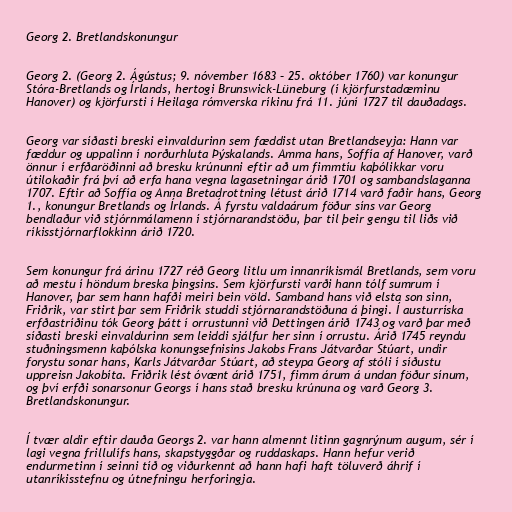
Georg 2. Bretlandskonungur

Georg 2. (Georg 2. Ágústus; 9. nóvember 1683 – 25. október 1760) var konungur
Stóra-Bretlands og Írlands, hertogi Brunswick-Lüneburg (í kjörfurstadæminu
Hanover) og kjörfursti í Heilaga rómverska ríkinu frá 11. júní 1727 til dauðadags.

Georg var síðasti breski einvaldurinn sem fæddist utan Bretlandseyja: Hann var
fæddur og uppalinn í norðurhluta Þýskalands. Amma hans, Soffía af Hanover, varð
önnur í erfðaröðinni að bresku krúnunni eftir að um fimmtíu kaþólikkar voru
útilokaðir frá því að erfa hana vegna lagasetningar árið 1701 og sambandslaganna
1707. Eftir að Soffía og Anna Bretadrottning létust árið 1714 varð faðir hans, Georg
1., konungur Bretlands og Írlands. Á fyrstu valdaárum föður síns var Georg
bendlaður við stjórnmálamenn í stjórnarandstöðu, þar til þeir gengu til liðs við
ríkisstjórnarflokkinn árið 1720.

Sem konungur frá árinu 1727 réð Georg litlu um innanríkismál Bretlands, sem voru
að mestu í höndum breska þingsins. Sem kjörfursti varði hann tólf sumrum í
Hanover, þar sem hann hafði meiri bein völd. Samband hans við elsta son sinn,
Friðrik, var stirt þar sem Friðrik studdi stjórnarandstöðuna á þingi. Í austurríska
erfðastríðinu tók Georg þátt í orrustunni við Dettingen árið 1743 og varð þar með
síðasti breski einvaldurinn sem leiddi sjálfur her sinn í orrustu. Árið 1745 reyndu
stuðningsmenn kaþólska konungsefnisins Jakobs Frans Játvarðar Stúart, undir
forystu sonar hans, Karls Játvarðar Stúart, að steypa Georg af stóli í síðustu
uppreisn Jakobíta. Friðrik lést óvænt árið 1751, fimm árum á undan föður sínum,
og því erfði sonarsonur Georgs í hans stað bresku krúnuna og varð Georg 3.
Bretlandskonungur.

Í tvær aldir eftir dauða Georgs 2. var hann almennt litinn gagnrýnum augum, sér í
lagi vegna frillulífs hans, skapstyggðar og ruddaskaps. Hann hefur verið
endurmetinn í seinni tíð og viðurkennt að hann hafi haft töluverð áhrif í
utanríkisstefnu og útnefningu herforingja.